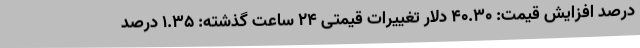
درصد افزایش قیمت: ۴۰.۳۰ دلار تغییرات قیمتی ۲۴ ساعت گذشته: ۱.۳۵ درصد